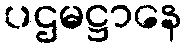
ပဌမဋ္ဌာနေ